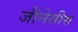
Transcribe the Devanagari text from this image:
जीनेसीस